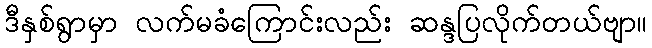
ဒီနှစ်ရွာမှာ လက်မခံကြောင်းလည်း ဆန္ဒပြလိုက်တယ်ဗျာ။